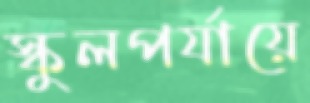
স্কুলপর্যায়ে